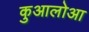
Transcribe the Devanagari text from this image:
कुआलोआ